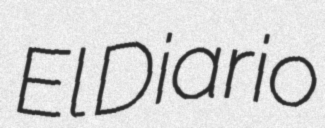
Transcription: El Diario